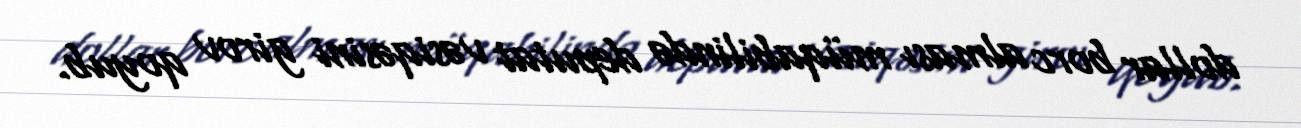
dollar borc alması müqabilində deputat vəsiqəsini girov qoyub.